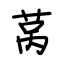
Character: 莴